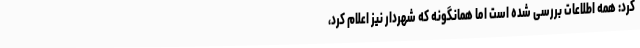
کرد: همه اطلاعات بررسی شده است اما همانگونه که شهردار نیز اعلام کرد،